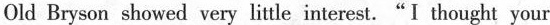
" Old Bryson showed very little interest."I thought your